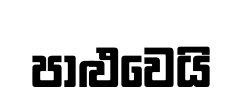
පාළුවෙයි